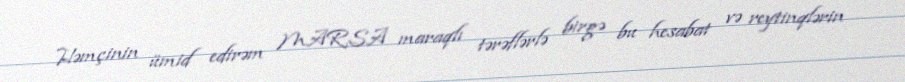
Həmçinin ümid edirəm MARSA maraqlı tərəflərlə birgə bu hesabat və reytinqlərin